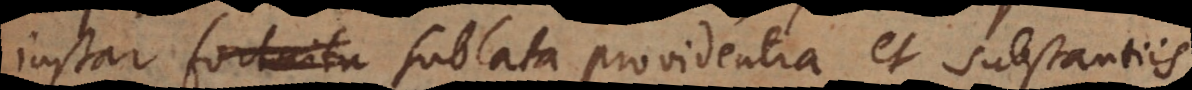
instar sublata providentia et substantiis